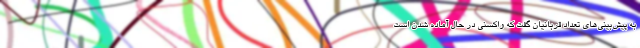
به پیش‌بینی‌‌های تعداد قربانیان گفت که واکسنی در حال آماده شدن است